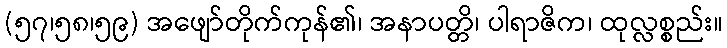
(၅၇၊၅၈၊၅၉) အဖျော်တိုက်ကုန်၏၊ အနာပတ္တိ၊ ပါရာဇိက၊ ထုလ္လစ္စည်း။